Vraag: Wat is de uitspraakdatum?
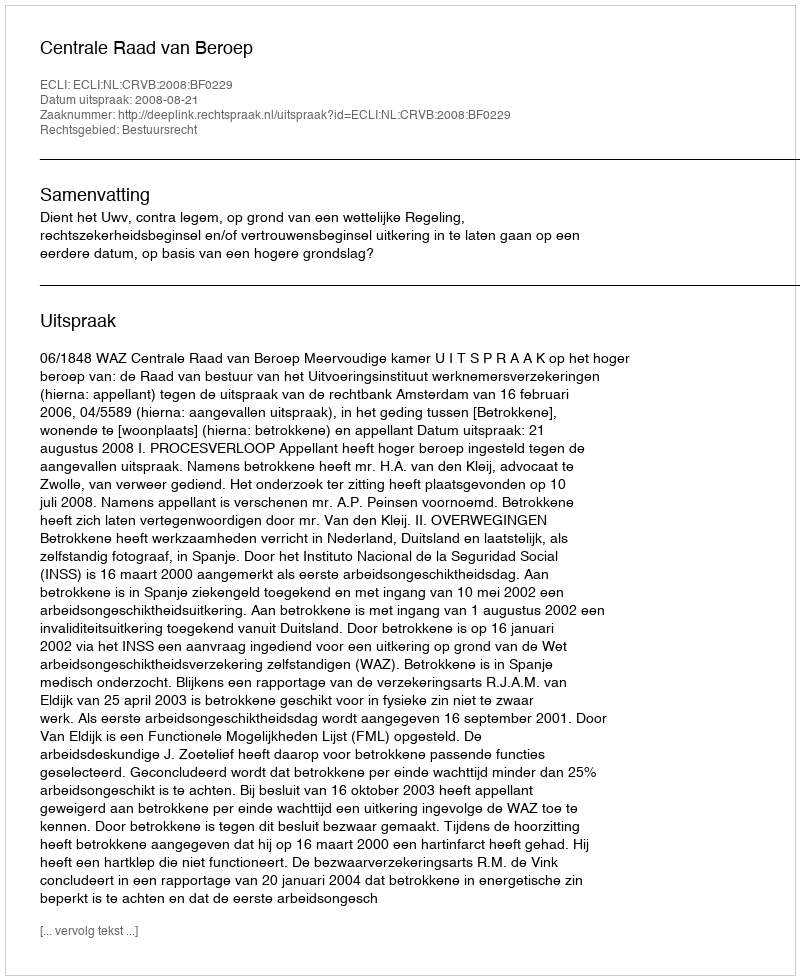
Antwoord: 2008-08-21